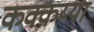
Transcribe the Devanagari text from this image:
कक्कय्या